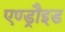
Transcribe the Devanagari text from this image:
एण्ड्रौइड